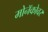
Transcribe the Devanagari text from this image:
मोनॅकोवर